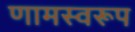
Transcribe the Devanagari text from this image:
णामस्वरूप